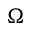
\Omega